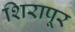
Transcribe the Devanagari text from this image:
शिरापूर